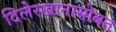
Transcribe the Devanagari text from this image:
दिलेरखानासोबत